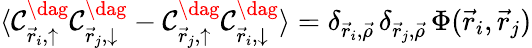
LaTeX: \langle\mathcal{C}_{\vec{{r}}_{i},\uparrow}^{\dag}\mathcal{C}_{\vec{{r}}_{j},\downarrow}^{\dag}-\mathcal{C}_{\vec{{r}}_{j},\uparrow}^{\dag}\mathcal{C}_{\vec{{r}}_{i},\downarrow}^{\dag}\rangle=\delta_{\vec{{r}}_{i},\vec{{\rho}}}\, \delta_{\vec{{r}}_{j},\vec{{\rho}}}\, \Phi(\vec{{r}}_{i},\vec{{r}}_{j})